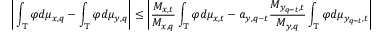
\bigg | \int _ { \mathbb { T } } \varphi d \mu _ { x , q } - \int _ { \mathbb { T } } \varphi d \mu _ { y , q } \bigg | \le \bigg | \frac { M _ { x , t } } { M _ { x , q } } \int _ { \mathbb { T } } \varphi d \mu _ { x , t } - a _ { y , q - t } \frac { M _ { y _ { q - t } , t } } { M _ { y , q } } \int _ { \mathbb { T } } \varphi d \mu _ { y _ { q - t } , t } \bigg |